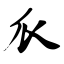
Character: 瓜